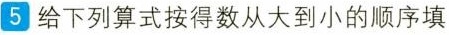
5 给下列算式按得数从大到小的顺序填